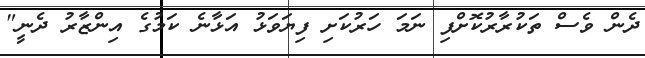
ދެން ވެސް ތަކުރާރުކޮށްފި ނަމަ ހަރުކަށި ފިޔަވަޅު އަޅާނެ ކަމުގެ އިންޒާރު ދެނީ"